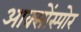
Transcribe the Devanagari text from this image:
आक्सोंस्पोर